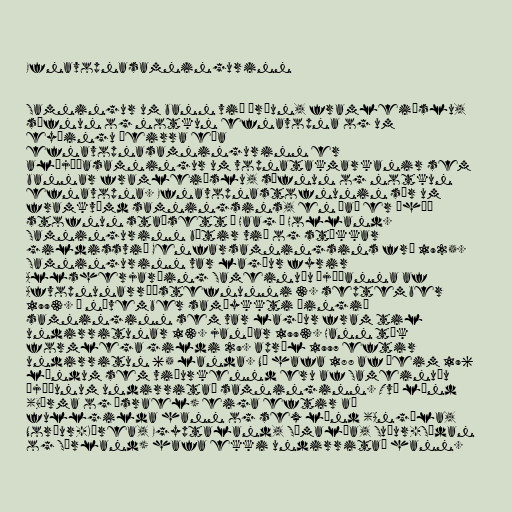
Efnavopnasamningurinn

Samningur um bann við þróun, framleiðslu,
söfnun og notkun efnavopna og um
eyðingu þeirra eða
efnavopnasamningurinn er
alþjóðasamningur um vopnatakmarkanir sem
bannar framleiðslu, söfnun og notkun
efnavopna. Efnavopnastofnunin sér um
framkvæmd samningsins, en það er óháð
stofnun staðsett í Haag í Holland.
Samningurinn bætir við og stækkar
gildissvið Genfarsamningsins frá 1925.
Samningurinn var lagður fyrir
Allsherjarþing Sameinuðu þjóðanna af
Afvopnunarráðstefnunni 3. september
1993. Í nóvember samþykkti þingið
samninginn sem var lagður fram til
undirritunar 13. janúar 1993. Hann tók
formlega gildi 29. apríl 1997 eftir
undirritun 65 landa. Nú hafa 188 af þeim 196
löndum sem viðurkennd eru af Sameinuðu
þjóðunum undirritað samninginn. Tvö lönd
(Búrma og Ísrael) eiga eftir að
fullgilda hann og sex lönd (Angóla,
Norður-Kórea, Egyptaland, Sómalía, Suður-Súdan
og Sýrland) hafa ekki undirritað hann.